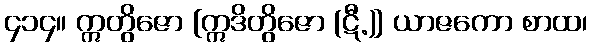
၄၁၄။ ဣတွိဇော [ဣဒိတွိဇော (ဋီ.)] ယာဇကော စာထ၊